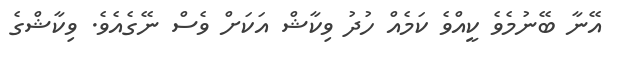
އޭނާ ބޭނުމެވެ ކީއްވެ ކަމެއް ހުދު ވިކާޝް އަކަށް ވެސް ނޭގެއެވެ. ވިކާޝްގެ